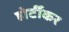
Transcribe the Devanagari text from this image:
होर्टीकर